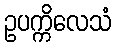
ဥပက္ကိလေသံ